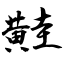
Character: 黊